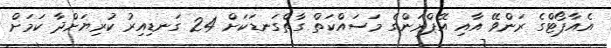
އެއާޕޯޓްގެ ރަންވޭ އާއި އޭޕްރަންގެ މަސައްކަތް ގާތްގަނޑަކަށް 24 ގަނޑިއިރު ކުރިޔަށްދާ ކަމަށް